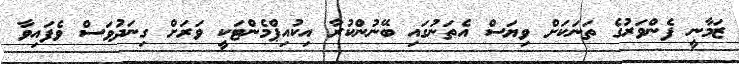
ޒަމާނީ ފެންވަރުގެ ތަނަކަށް ވިޔަސް އެތަނުގައި ބޭނުންކުރާ އިކުއިޕްމެންޓަކީ ވަރަށް ގިނަދުވަސް ވެފައިވާ